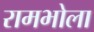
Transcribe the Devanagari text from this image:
रामभोला